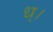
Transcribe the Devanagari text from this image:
ध्।